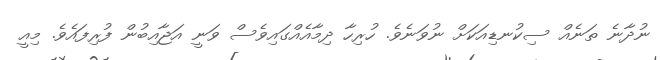
ނުދާނެ ތަނެއް ސިކުނޑިއަކަށް ނުވަނެވެ. ހުރިހާ ދިމާއެއްގައިވެސް ވަނީ އަޖާއިބުން ފުރިފައެވެ. މިއީ